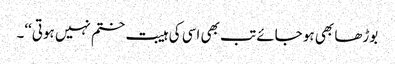
بوڑھا بھی ہو جائے تب بھی اسی کی ہیبت ختم نہیں ہوتی‘‘۔